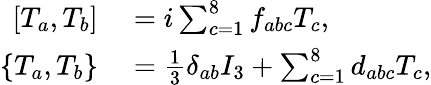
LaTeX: \begin{array}{rl}{\left[T_{a},T_{b}\right]}&{{}=i\sum_{c=1}^{8}f_{abc}T_{c},}\\ {\left\{ T_{a},T_{b}\right\} }&{{}={\frac{1}{3}}\delta_{ab}I_{3}+\sum_{c=1}^{8}d_{abc}T_{c},}\end{array}